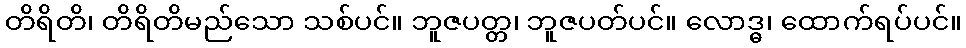
တိရိတိ၊ တိရိတိမည်သော သစ်ပင်။ ဘူဇပတ္တ၊ ဘူဇပတ်ပင်။ လောဒ္ဓ၊ ထောက်ရပ်ပင်။